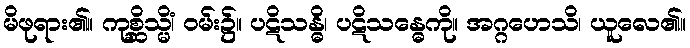
မိဖုရား၏။ ကုစ္ဆိသ္မိံ၊ ဝမ်း၌။ ပဋိသန္ဓိ၊ ပဋိသန္ဓေကို။ အဂ္ဂဟေသိ၊ ယူလေ၏။